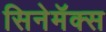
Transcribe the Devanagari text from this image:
सिनेमॅक्स